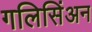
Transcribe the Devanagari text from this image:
गलिसिंअन